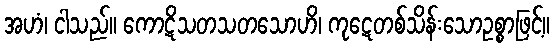
အဟံ၊ ငါသည်။ ကောဋိသတသတသောဟိ၊ ကုဋေတစ်သိန်းသောဥစ္စာဖြင့်။